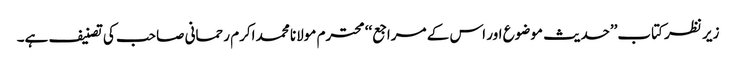
زیر نظر کتاب’’حدیث موضوع اور اس کے مراجع‘‘ محترم مولانا محمد اکرم رحمانی صاحب کی تصنیف ہے۔